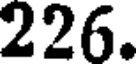
226.